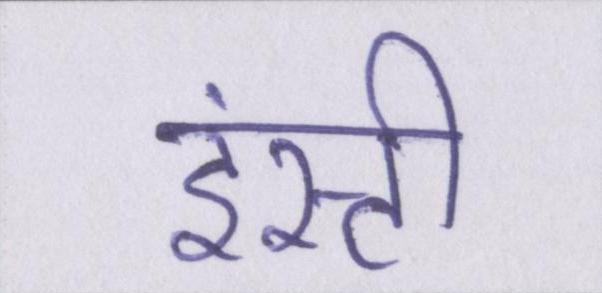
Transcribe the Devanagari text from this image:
इंस्टी